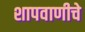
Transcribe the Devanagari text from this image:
शापवाणीचे